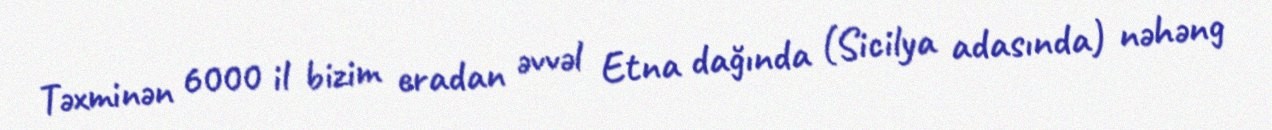
Təxminən 6000 il bizim eradan əvvəl Etna dağında (Sicilya adasında) nəhəng